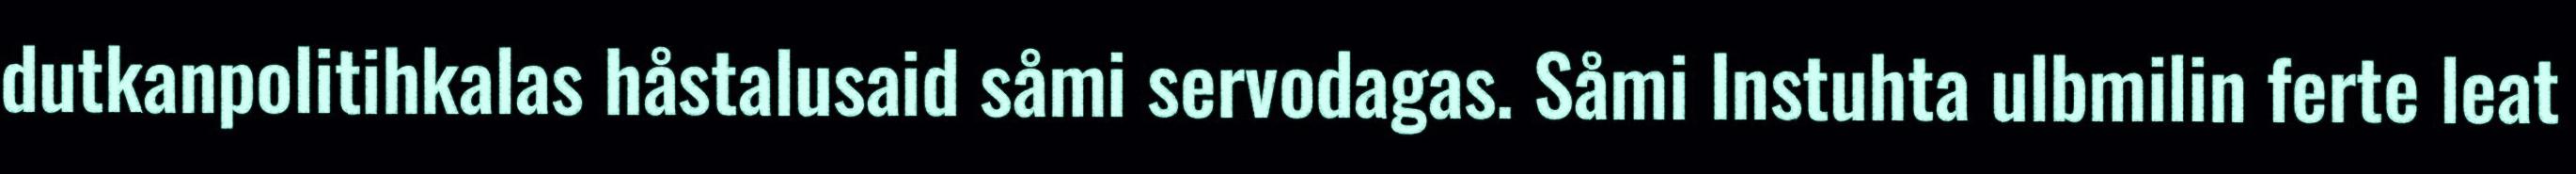
dutkanpolitihkalas håstalusaid såmi servodagas. Såmi Instuhta ulbmilin ferte leat